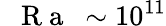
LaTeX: \mathrm{~\textit~{~R~a~}~}\sim 10^{11}